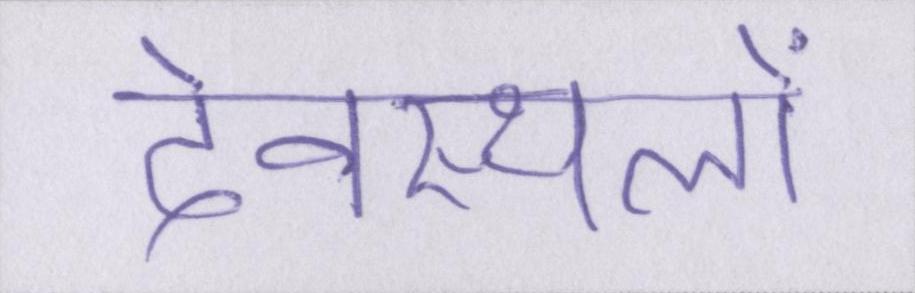
देवस्थलों